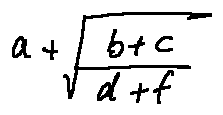
a + \sqrt { \frac { b + c } { d + f } }